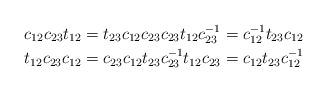
LaTeX: \begin{align*} c_{12}c_{23}t_{12}&=t_{23}c_{12}c_{23} c_{23}t_{12}c_{23}^{-1}=c_{12}^{-1}t_{23}c_{12}\\ t_{12}c_{23}c_{12}&=c_{23}c_{12}t_{23} c_{23}^{-1}t_{12}c_{23}=c_{12}t_{23}c_{12}^{-1}\end{align*}